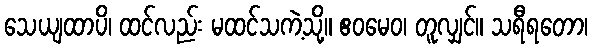
သေယျထာပိ၊ ထင်လည်း မထင်သကဲ့သို့။ ဧဝမေဝ၊ တူလျှင်။ သရီရတော၊